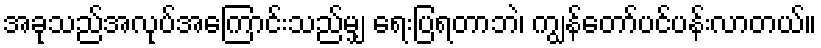
အခုသည်အလုပ်အကြောင်းသည်မျှ ရေးပြရတာဘဲ၊ ကျွန်တော်ပင်ပန်းလာတယ်။